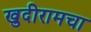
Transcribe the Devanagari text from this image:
खुदीरामचा